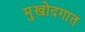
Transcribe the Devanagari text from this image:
मुखोदगात